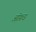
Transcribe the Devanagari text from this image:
आॅफ़ड